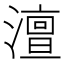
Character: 澶